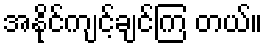
အနိုင်ကျင့်ချင်ကြ တယ်။